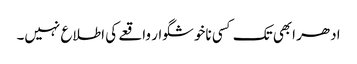
ادھر ابھی تک کسی ناخوشگوار واقعے کی اطلاع نہیں۔